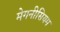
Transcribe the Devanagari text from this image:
मेगनीसियम